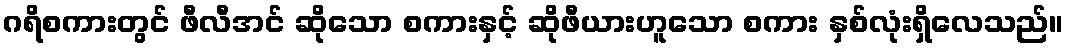
ဂရိစကားတွင် ဖီလီအင် ဆိုသော စကားနှင့် ဆိုဖီယားဟူသော စကား နှစ်လုံးရှိလေသည်။